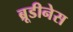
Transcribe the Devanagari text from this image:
ब्रूडीनेस